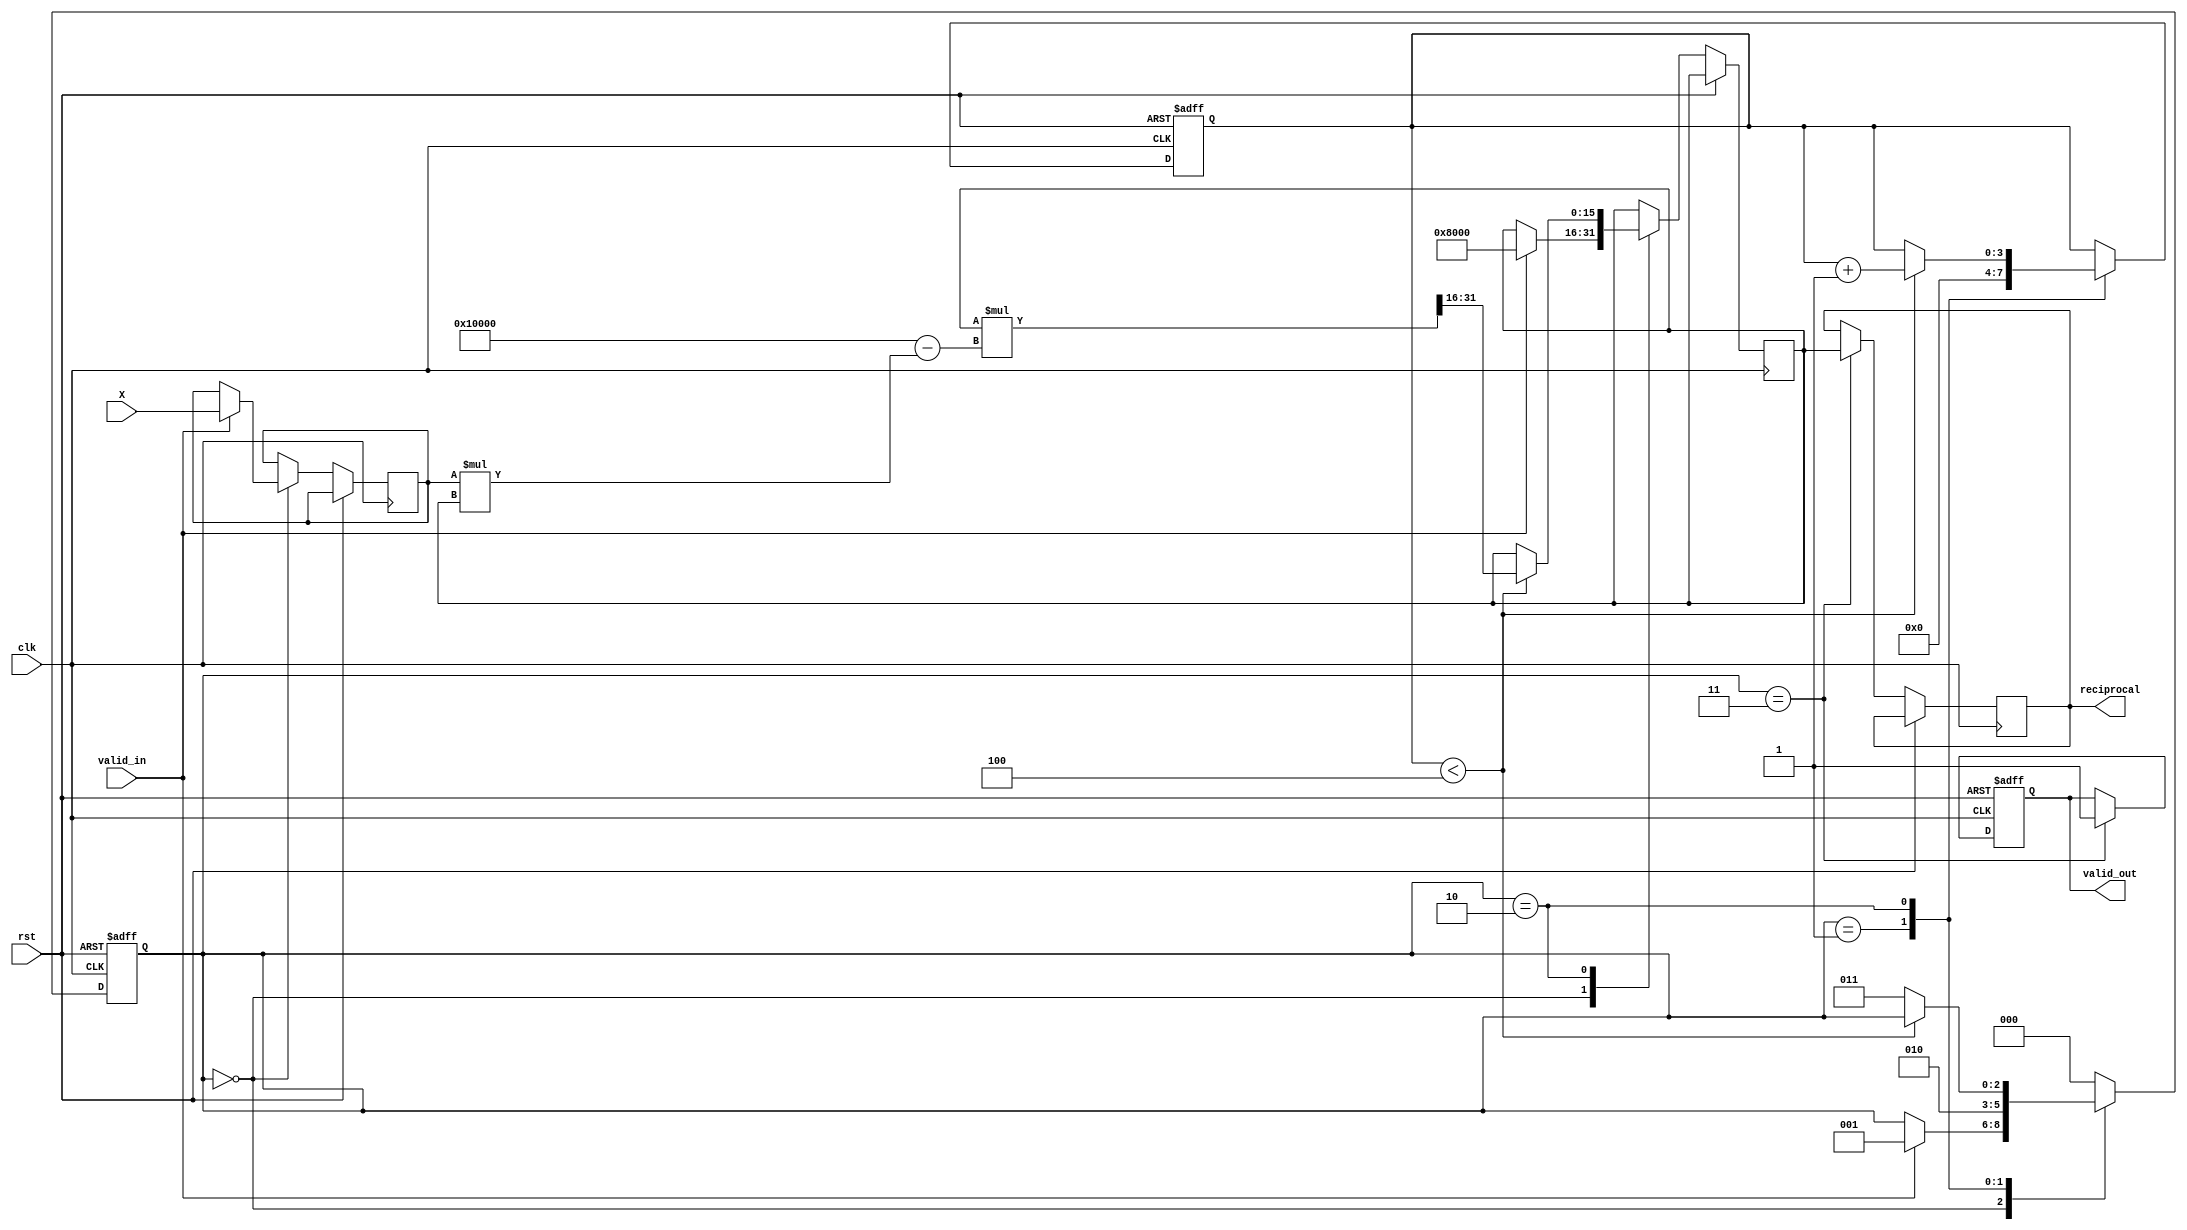
module ReciprocalUnit #(
    parameter WIDTH = 16,         // Input/Output width
    parameter ITERATIONS = 4      // Number of iterations for Newton-Raphson
)(
    input wire clk,
    input wire rst,
    input wire valid_in,
    input wire [WIDTH-1:0] X,    // Input value
    output reg valid_out,
    output reg [WIDTH-1:0] reciprocal // Output reciprocal value
);

    // Internal registers
    reg [WIDTH-1:0] x_reg;
    reg [WIDTH-1:0] approx; // Approximation of reciprocal
    reg [2:0] state;        // FSM state
    reg [3:0] count;        // Iteration counter

    // State encoding
    localparam IDLE      = 3'b000,
               INIT      = 3'b001,
               CALC      = 3'b010,
               OUTPUT     = 3'b011;

    // Initial state
    initial begin
        valid_out = 0;
        state = IDLE;
        count = 0;
    end

    always @(posedge clk or posedge rst) begin
        if (rst) begin
            valid_out <= 0;
            state <= IDLE;
            count <= 0;
        end else begin
            case (state)
                IDLE: begin
                    if (valid_in) begin
                        x_reg <= X;
                        approx <= {1'b1, {WIDTH-1{1'b0}}}; // Initial approximation: 1
                        state <= INIT;
                    end
                end

                INIT: begin
                    count <= 0;
                    state <= CALC;
                end

                CALC: begin
                    if (count < ITERATIONS) begin
                        approx <= approx * (2**WIDTH - x_reg * approx) >> WIDTH; // Newton-Raphson iteration
                        count <= count + 1;
                    end else begin
                        state <= OUTPUT;
                    end
                end

                OUTPUT: begin
                    reciprocal <= approx;
                    valid_out <= 1; // Indicate output is valid
                    state <= IDLE;  // Go back to IDLE after output
                end

                default: state <= IDLE; // Safety state
            endcase
        end
    end

endmodule